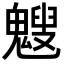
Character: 𩴍